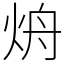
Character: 烐